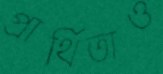
প্রার্থিতাও